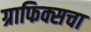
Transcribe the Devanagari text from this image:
ग्राफिक्सचा